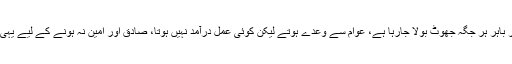
وزیراعظم نااہلی کیس میں سپریم کورٹ نے ریمارکس دیئے کہ پارلیمنٹ کے اندر اور باہر ہر جگہ جھوٹ بولا جارہا ہے، عوام سے وعدے ہوتے لیکن کوئی عمل درآمد نہیں ہوتا، صادق اور امین نہ ہونے کے لیے یہی ثبوت کافی ہے، آپ ایک کا شکار کرنے آئے ہیں، جس میں ہزاروں پھنس سکتے ہے۔